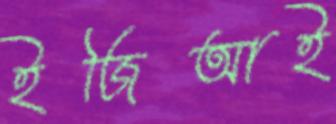
ইজিআই